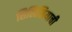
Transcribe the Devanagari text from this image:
सिलिसियाची